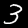
Digit: 3